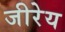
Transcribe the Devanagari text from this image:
जीरेय